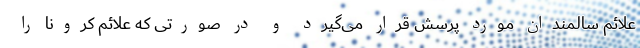
علائم سالمندان مورد پرسش قرار می‌گیرد و در صورتی که علائم کرونا را